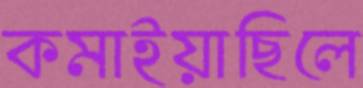
কমাইয়াছিলে